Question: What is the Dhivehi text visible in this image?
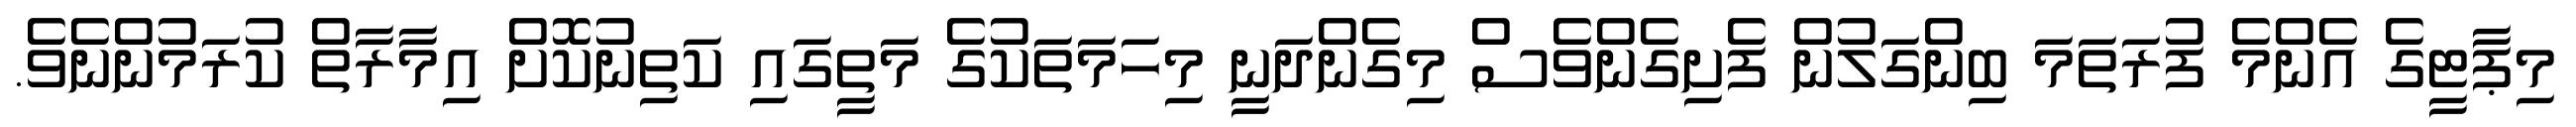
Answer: މިޕާޓީގެ އެންމެ ފުރަތަމަ ބިންގަލުން ފެށިގެންވެސް މިގެންދަނީ މިހަމަތަކުގެ މަތީގައި ކަތިނުކޮށް އިމާރާތް ކުރަމުންނެވެ.